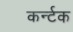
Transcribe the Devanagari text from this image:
कर्न्टक